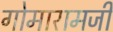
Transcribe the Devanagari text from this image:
गोमारामजी